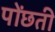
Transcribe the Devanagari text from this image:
पोंछती